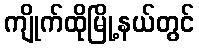
ကျိုက်ထိုမြို့နယ်တွင်